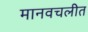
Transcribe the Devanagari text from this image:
मानवचलीत